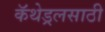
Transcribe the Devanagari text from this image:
कॅथेड्रलसाठी